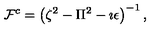
{ \cal F } ^ { c } = \left( \zeta ^ { 2 } - \Pi ^ { 2 } - \imath \epsilon \right) ^ { - 1 } ,